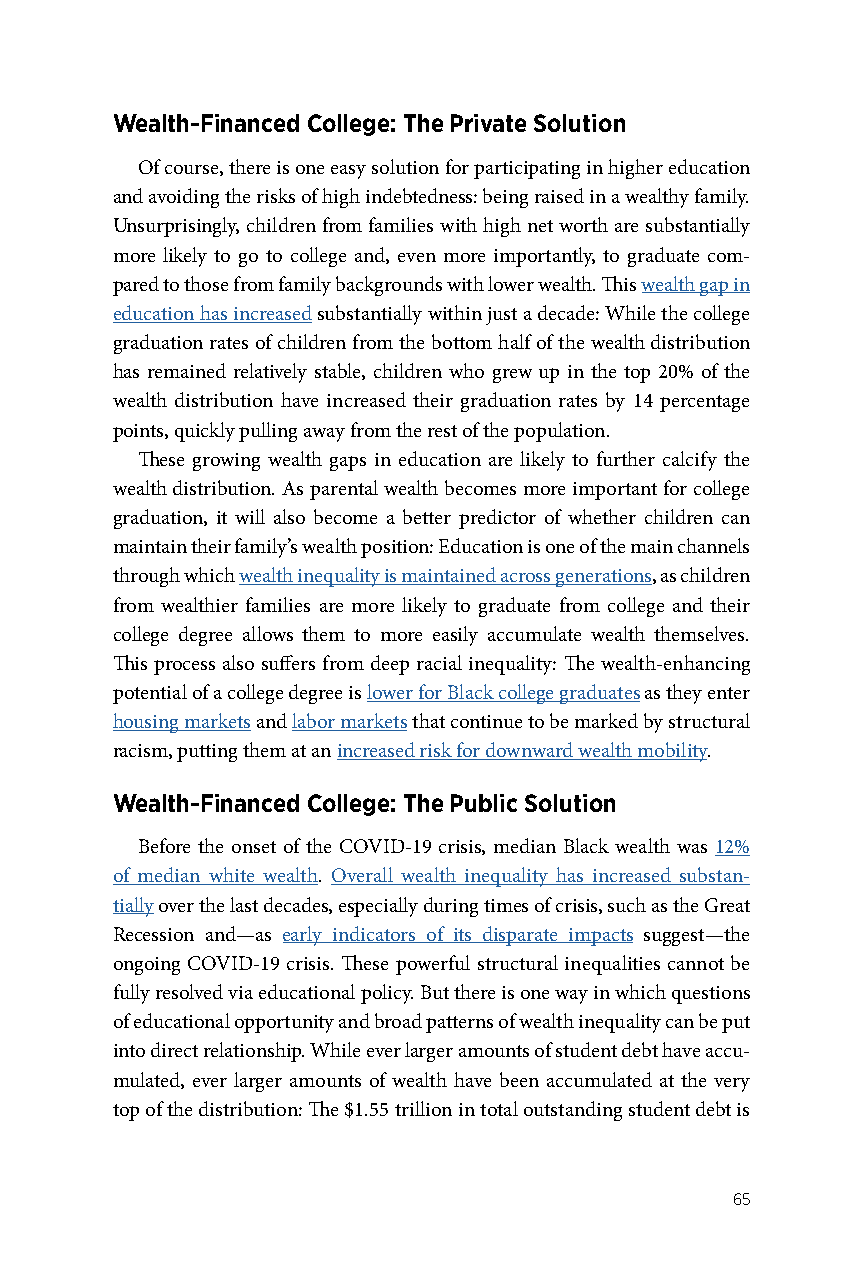
Wealth-Financed College: The Private Solution
 Of course, there is one easy solution for participating in higher education
 and avoiding the risks of high indebtedness: being raised in a wealthy family.
 Unsurprisingly, children from families with high net worth are substantially
 more likely to go to college and, even more importantly, to graduate com-
 pared to those from family backgrounds with lower wealth. This wealth gap in
 education has increased substantially within just a decade: While the college
 graduation rates of children from the bottom half of the wealth distribution
 has remained relatively stable, children who grew up in the top 20% of the
 wealth distribution have increased their graduation rates by 14 percentage
 points, quickly pulling away from the rest of the population.
 These growing wealth gaps in education are likely to further calcify the
 wealth distribution. As parental wealth becomes more important for college
 graduation, it will also become a better predictor of whether children can
 maintain their family’s wealth position: Education is one of the main channels
 through which wealth inequality is maintained across generations, as children
 from wealthier families are more likely to graduate from college and their
 college degree allows them to more easily accumulate wealth themselves.
 This process also suffers from deep racial inequality: The wealth-enhancing
 potential of a college degree is lower for Black college graduates as they enter
 housing markets and labor markets that continue to be marked by structural
 racism, putting them at an increased risk for downward wealth mobility.
 Wealth-Financed College: The Public Solution
 Before the onset of the COVID-19 crisis, median Black wealth was 12%
 of median white wealth. Overall wealth inequality has increased substan-
 tially over the last decades, especially during times of crisis, such as the Great
 Recession and—as early indicators of its disparate impacts suggest—the
 ongoing COVID-19 crisis. These powerful structural inequalities cannot be
 fully resolved via educational policy. But there is one way in which questions
 of educational opportunity and broad patterns of wealth inequality can be put
 into direct relationship. While ever larger amounts of student debt have accu-
 mulated, ever larger amounts of wealth have been accumulated at the very
 top of the distribution: The $1.55 trillion in total outstanding student debt is
 65